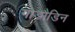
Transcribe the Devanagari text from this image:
गोडौडिन